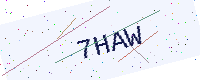
Text: 7HAW